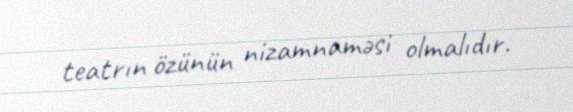
teatrın özünün nizamnaməsi olmalıdır.